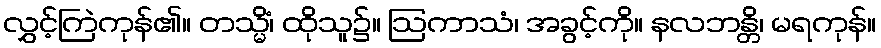
လွှင့်ကြဲကုန်၏။ တသ္မိံ၊ ထိုသူ၌။ ဩကာသံ၊ အခွင့်ကို။ နလဘန္တိ၊ မရကုန်။